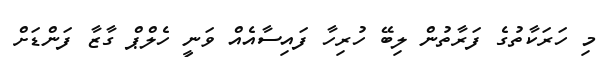
މި ހަރަކާތުގެ ފަރާތުން ލިބޭ ހުރިހާ ފައިސާއެއް ވަނީ ހެލްޕް ގާޒާ ފަންޑަށް